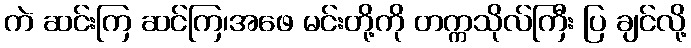
ကဲ ဆင်းကြ ဆင်ကြ၊အဖေ မင်းတို့ကို တက္ကသိုလ်ကြီး ပြ ချင်လို့